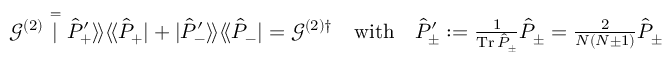
\textstyle \mathcal { G } ^ { ( 2 ) } \stackrel { = } | \hat { P } _ { + } ^ { \prime } \rangle \! \rangle \langle \! \langle \hat { P } _ { + } | + | \hat { P } _ { - } ^ { \prime } \rangle \! \rangle \langle \! \langle \hat { P } _ { - } | = \mathcal { G } ^ { { ( 2 ) } \dag } \quad \mathrm { w i t h } \quad \hat { P } _ { \pm } ^ { \prime } : = \frac { 1 } { \operatorname { T r } \hat { P } _ { \pm } } \hat { P } _ { \pm } = \frac { 2 } { N ( N \pm 1 ) } \hat { P } _ { \pm }